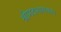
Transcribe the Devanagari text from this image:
श्रीमदभागवत।